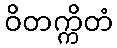
ဝိတက္ကိတံ